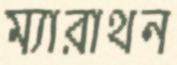
ম্যারাথন